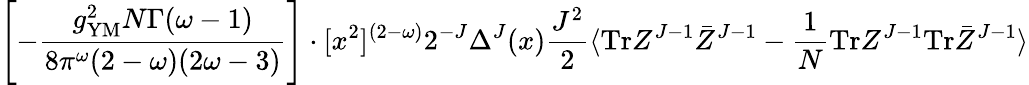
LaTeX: \left[-\frac{g_{\mathrm{YM}}^{2}N\Gamma(\omega-1)}{8\pi^{\omega}(2-\omega)(2\omega-3)}\right]\cdot[x^{2}]^{(2-\omega)}2^{-J}\Delta^{J}(x)\frac{J^{2}}{2}\langle\mathrm{Tr}Z^{J-1}\bar{Z}^{J-1}-\frac{1}{N}\mathrm{Tr}Z^{J-1}\mathrm{Tr}\bar{Z}^{J-1}\rangle